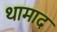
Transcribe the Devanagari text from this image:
थामाद